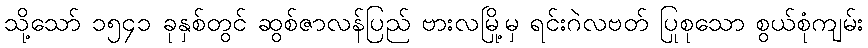
သို့သော် ၁၅၄၁ ခုနှစ်တွင် ဆွစ်ဇာလန်ပြည် ဗားလမြို့မှ ရင်းဂဲလဗတ် ပြုစုသော စွယ်စုံကျမ်း